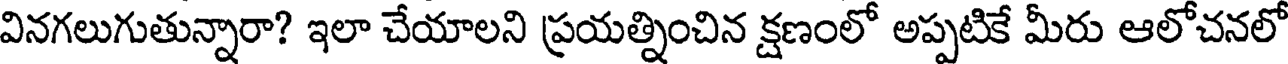
వినగలుగుతున్నారా? ఇలా చేయాలని ప్రయత్నించిన క్షణంలో అప్పటికే మీరు ఆలోచనలో